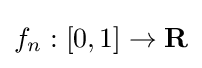
f_{n}:[0,1]\to \mathbf {R}